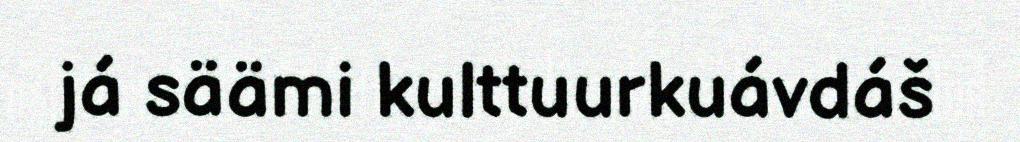
já säämi kulttuurkuávdáš